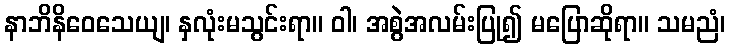
နာဘိနိဝေသေယျ၊ နှလုံးမသွင်းရာ။ ဝါ၊ အစွဲအလမ်းပြု၍ မပြောဆိုရာ။ သမညံ၊